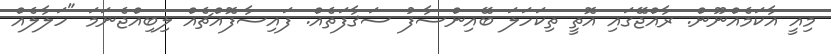
މިއީ އާކަމެއްނޫން. ރާއްޖޭގައި އޮތީ ތިކަހަލަ ބޭއިންސާފު ސަޤާފަތެއް. ފައިސާފޮއްޗެއް ލިބިއްޖެނަމަ "ހަލާލެއް